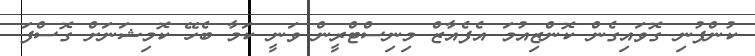
ކުންފުނި ގޮވައިގެން ކޮންޒިއުމަ އެފެއާޒް މިނިސްޓްރީން ވަނީ ކަމާ ބެހޭ ކޮމިޝަނަށް ގޮސްފަ